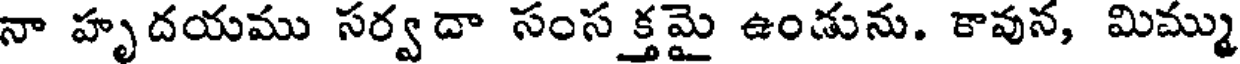
నా హృదయము సర్వదా సంసక్తమై ఉండును. కావున, మిమ్ము